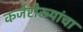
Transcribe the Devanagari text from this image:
कर्जरोख्यांचा